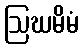
ဩဃမိမံ